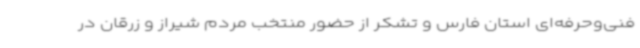
فنی‌وحرفه‌ای استان فارس و تشکر از حضور منتخب مردم شیراز و زرقان در